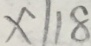
x \vert 1 8